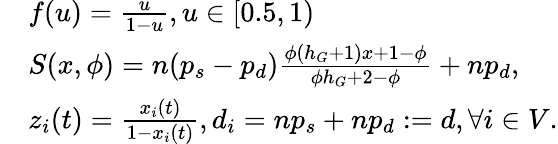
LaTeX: \begin{array}{rl}&{f(u)=\frac{u}{1-u},u\in[0.5,1)}\\ &{S(x,\phi)=n(p_{s}-p_{d})\frac{\phi(h_{G}+1)x+1-\phi}{\phi h_{G}+2-\phi}+np_{d},}\\ &{z_{i}(t)=\frac{x_{i}(t)}{1-x_{i}(t)},d_{i}=np_{s}+np_{d}:=d,\forall i\in V.}\end{array}